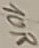
Text: 10R